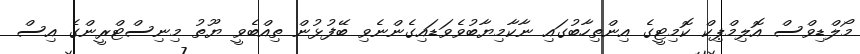
މޯލްޑިވްސް އޮލިމްޕިކް ކޮމިޓީގެ އިންތިހާބުގައި ނާކާމިޔާބުވެވަޑައިގެންނެވި ބޭފުޅުން ތިއްބެވީ ޔޫތު މިނިސްޓްރީންގެ އިސް